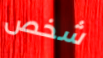
شخص